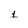
Character: 1